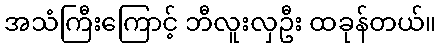
အသံကြီးကြောင့် ဘီလူးလှဦး ထခုန်တယ်။